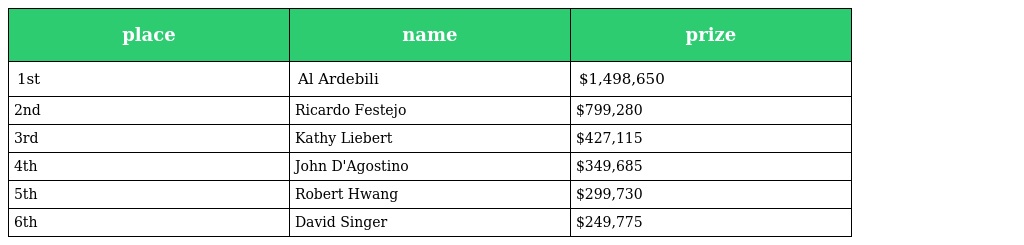
| place | name | prize |
 | --- | --- | --- |
 | 1st | Al Ardebili | $1,498,650 |
 | 2nd | Ricardo Festejo | $799,280 |
 | 3rd | Kathy Liebert | $427,115 |
 | 4th | John D'Agostino | $349,685 |
 | 5th | Robert Hwang | $299,730 |
 | 6th | David Singer | $249,775 |